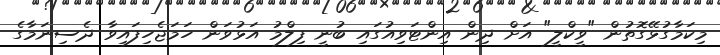
މިކަމާގުޅޭގޮތުން "ވީކްލީ" އަށް ދިން އިންޓަވިއުގައި ބުނީ ފިލްމު އަޅުވަން ހަމަޖެހިފައިވާ ދެސިނަމާގެ